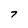
Character: 7